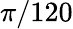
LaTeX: \pi/120